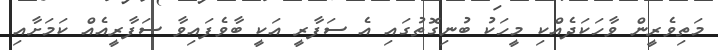
މަތިވެރީން ވާހަކަދެއްކި މީހަކު ބުނިގޮތުގައި އެ ސަފާރީ އަކީ ބާވެފައިވާ ސަފާރީއެއް ކަމަށާއި